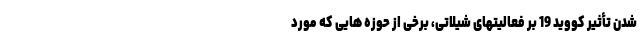
شدن تأثیر کووید 19 بر فعالیتهای شیلاتی، برخی از حوزه هایی که مورد